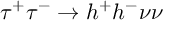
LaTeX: \tau ^ { + } \tau ^ { - } \rightarrow h ^ { + } h ^ { - } \nu \nu